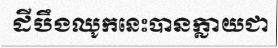
ដីបឹងឈូកនេះបានក្លាយជា